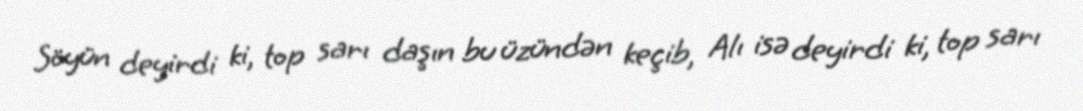
Söyün deyirdi ki, top sarı daşın bu üzündən keçib, Alı isə deyirdi ki, top sarı